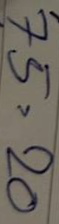
75 = 20